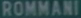
ROMMANI